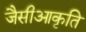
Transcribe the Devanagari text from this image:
जैसीआकृति